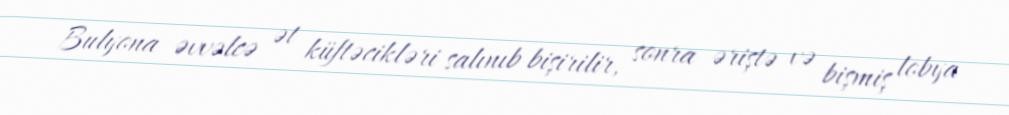
Bulyona əvvəlcə ət küftəcikləri salınıb bişirilir, sonra əriştə və bişmiş lobya